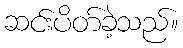
ဆင်းပိတ်ခဲ့သည်။